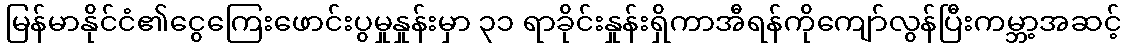
မြန်မာနိုင်ငံ၏ငွေကြေးဖောင်းပွမှုနှုန်းမှာ ၃၁ ရာခိုင်းနှုန်းရှိကာအီရန်ကိုကျော်လွန်ပြီးကမ္ဘာ့အဆင့်